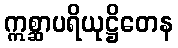
ဣစ္ဆာပရိယုဋ္ဌိတေန